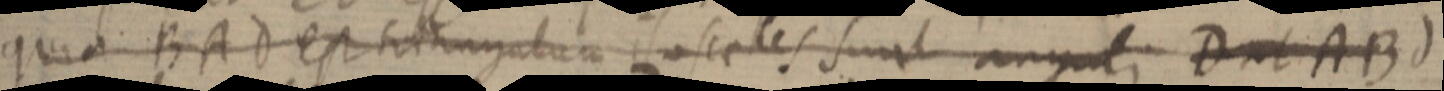
quia BAd est triangulum isosceles sunt anguli D ut ABd